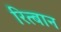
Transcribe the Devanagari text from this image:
रित्बान